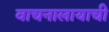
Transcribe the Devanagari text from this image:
वाचनालायाची